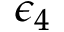
\epsilon _ { 4 }